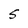
Character: S